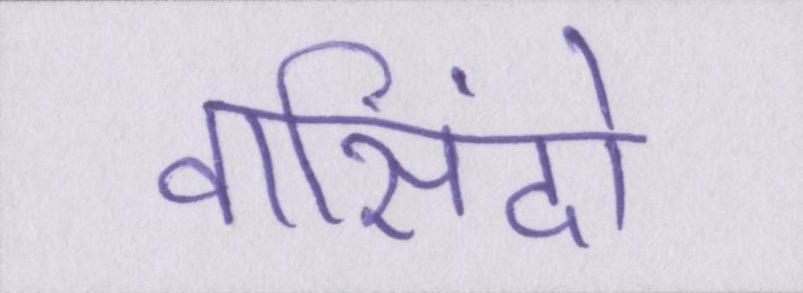
वासिंदो